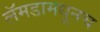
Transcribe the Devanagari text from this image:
लॅमडामधूनच